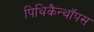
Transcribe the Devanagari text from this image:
पिथिकैन्थॉपस